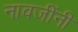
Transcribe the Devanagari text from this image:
नावजींनी